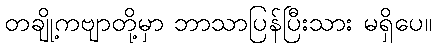
တချို့ကဗျာတို့မှာ ဘာသာပြန်ပြီးသား မရှိပေ။